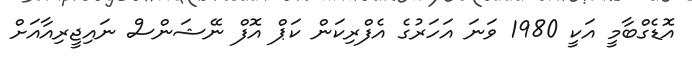
އޮޑެގްބާމީ އަކީ 1980 ވަނަ އަހަރުގެ އެފްރިކަން ކަޕް އޮފް ނޭޝަންސް ނައިޖީރިއާއަށް